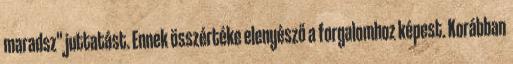
maradsz" juttatást. Ennek összértéke elenyésző a forgalomhoz képest. Korábban